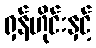
ရှန်ဟိုင်းနှင့်